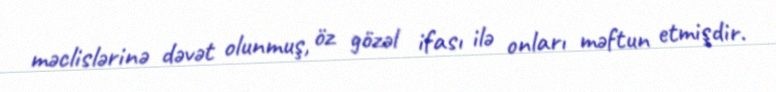
məclislərinə dəvət olunmuş, öz gözəl ifası ilə onları məftun etmişdir.